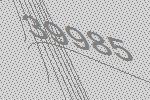
39985